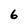
Character: 6